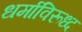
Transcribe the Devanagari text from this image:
धर्माविरूध्द